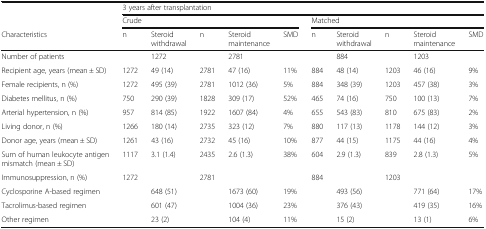
<table><thead><tr><td rowspan="2"></td><td colspan="10"><b>3 years after transplantation</b></td></tr><tr><td colspan="5"><b>Crude</b></td><td colspan="5"><b>Matched</b></td></tr><tr><td><b>Characteristics</b></td><td><b>n</b></td><td><b>Steroid withdrawal</b></td><td><b>n</b></td><td><b>Steroid maintenance</b></td><td><b>SMD</b></td><td><b>n</b></td><td><b>Steroid withdrawal</b></td><td><b>n</b></td><td><b>Steroid maintenance</b></td><td><b>SMD</b></td></tr></thead><tbody><tr><td>Number of patients</td><td></td><td>1272</td><td></td><td>2781</td><td></td><td></td><td>884</td><td></td><td>1203</td><td></td></tr><tr><td>Recipient age, years (mean ± SD)</td><td>1272</td><td>49 (14)</td><td>2781</td><td>47 (16)</td><td>11%</td><td>884</td><td>48 (14)</td><td>1203</td><td>46 (16)</td><td>9%</td></tr><tr><td>Female recipients, n (%)</td><td>1272</td><td>495 (39)</td><td>2781</td><td>1012 (36)</td><td>5%</td><td>884</td><td>348 (39)</td><td>1203</td><td>457 (38)</td><td>3%</td></tr><tr><td>Diabetes mellitus, n (%)</td><td>750</td><td>290 (39)</td><td>1828</td><td>309 (17)</td><td>52%</td><td>465</td><td>74 (16)</td><td>750</td><td>100 (13)</td><td>7%</td></tr><tr><td>Arterial hypertension, n (%)</td><td>957</td><td>814 (85)</td><td>1922</td><td>1607 (84)</td><td>4%</td><td>655</td><td>543 (83)</td><td>810</td><td>675 (83)</td><td>2%</td></tr><tr><td>Living donor, n (%)</td><td>1266</td><td>180 (14)</td><td>2735</td><td>323 (12)</td><td>7%</td><td>880</td><td>117 (13)</td><td>1178</td><td>144 (12)</td><td>3%</td></tr><tr><td>Donor age, years (mean ± SD)</td><td>1261</td><td>43 (16)</td><td>2732</td><td>45 (16)</td><td>10%</td><td>877</td><td>44 (15)</td><td>1175</td><td>44 (16)</td><td>4%</td></tr><tr><td>Sum of human leukocyte antigen mismatch (mean ± SD)</td><td>1117</td><td>3.1 (1.4)</td><td>2435</td><td>2.6 (1.3)</td><td>38%</td><td>604</td><td>2.9 (1.3)</td><td>839</td><td>2.8 (1.3)</td><td>5%</td></tr><tr><td>Immunosuppression, n (%)</td><td>1272</td><td></td><td>2781</td><td></td><td></td><td>884</td><td></td><td>1203</td><td></td><td></td></tr><tr><td>Cyclosporine A-based regimen</td><td></td><td>648 (51)</td><td></td><td>1673 (60)</td><td>19%</td><td></td><td>493 (56)</td><td></td><td>771 (64)</td><td>17%</td></tr><tr><td>Tacrolimus-based regimen</td><td></td><td>601 (47)</td><td></td><td>1004 (36)</td><td>23%</td><td></td><td>376 (43)</td><td></td><td>419 (35)</td><td>16%</td></tr><tr><td>Other regimen</td><td></td><td>23 (2)</td><td></td><td>104 (4)</td><td>11%</td><td></td><td>15 (2)</td><td></td><td>13 (1)</td><td>6%</td></tr></tbody></table>